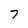
Character: 7